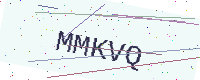
Text: MMKVQ